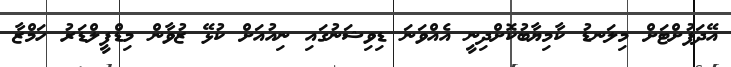
އޭދަފުށްޓަށް މިލަނޑު ކާމިޔާބުކޮށްދިނީ އެއްވަނަ ޑިވިޝަނުގައި ނިއުއަށް ކުޅޭ ޒުވާން މިޑްފީލްޑަރު ހަމްޒާ